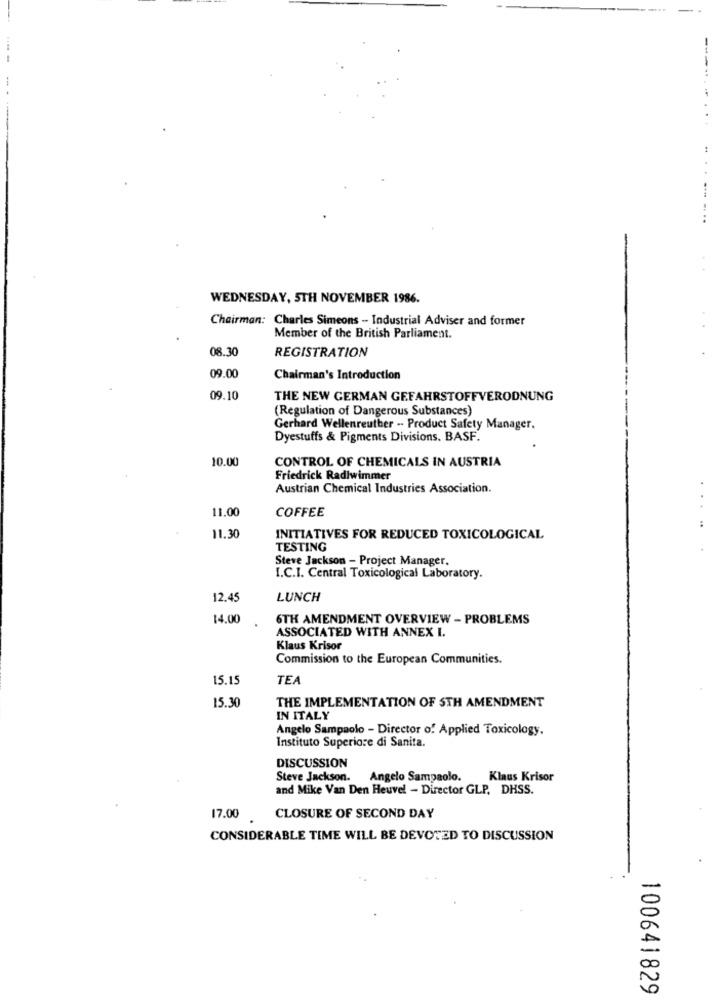
WEDNESDAY, 5TH NOVEMBER 1986.
Chairman: Charles Simeons - Industrial Adviser and former
Member of the British Parliament.
08.30
REGISTRATION
09.00
Chairman's Introduction
09.10
THE NEW GERMAN GEFAHRSTOFFVERODNUNG
(Regulation of Dangerous Substances)
Gerhard Wellenreuther - Product Safety Manager.
Dyestuffs & Pigments Divisions. BASF.
10.00
CONTROL OF CHEMICALS IN AUSTRIA
Friedrick Radlwimmer
Austrian Chemical Industries Association.
11.00
COFFEE
11.30
INITIATIVES FOR REDUCED TOXICOLOGICAL
TESTING
Steve Jackson - Project Manager.
I.C.I. Central Toxicological Laboratory.
12.45
LUNCH
14.00
6TH AMENDMENT OVERVIEW - PROBLEMS
ASSOCIATED WITH ANNEX I.
Klaus Krisor
Commission to the European Communities.
15.15
TEA
15.30
THE IMPLEMENTATION OF STH AMENDMENT
IN ITALY
Angelo Sampaolo - Director of Applied Toxicology.
Instituto Superiore di Sanita.
DISCUSSION
Steve Jackson. Angelo Sampaolo.
Klaus Krisor
and Mike Van Den Heuvel - Director GLP, DHSS.
17.00 CLOSURE OF SECOND DAY
CONSIDERABLE TIME WILL BE DEVOTED TO DISCUSSION
100641829